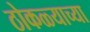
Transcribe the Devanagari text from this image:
ठोकळ्याच्या